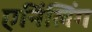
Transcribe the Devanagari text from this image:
एनिंलिंग